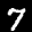
Label: 7